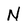
Character: N